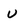
Character: u